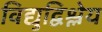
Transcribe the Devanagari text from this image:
विद्युद्विश्लेय